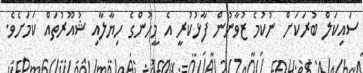
ސައިކަލް ބުރަކަށް ނުކުމެ ޒުވާނުން ފާޅުކުރީ އެ މީހުންގެ ހިޔާލާއި ޝުއޫރުތައް ކަމަށެވެ.